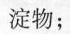
淀物；